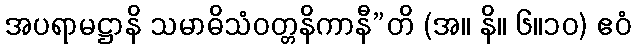
အပရာမဋ္ဌာနိ သမာဓိသံဝတ္တနိကာနီ”တိ (အ။ နိ။ ၆။၁၀) ဧဝံ